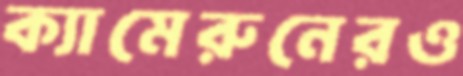
ক্যামেরুনেরও